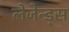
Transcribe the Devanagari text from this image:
लेजेन्ड्स